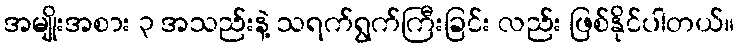
အမျိုးအစား ၃ အသည်းနဲ့ သရက်ရွက်ကြီးခြင်း လည်း ဖြစ်နိုင်ပါတယ်။